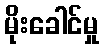
မိုးခေါင်မှု